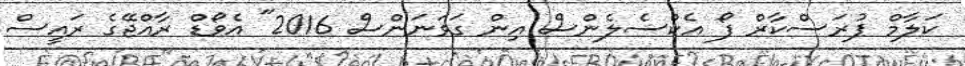
ކަލާމް ޕުރަސްކާރް ފޯ އެކްސެލެންސް އިން ގަވަނަންސް 2016" އެވޯޑް ރާއްޖޭގެ ރައީސް